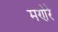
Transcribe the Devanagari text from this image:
मणेरे